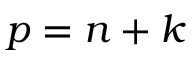
p = n + k